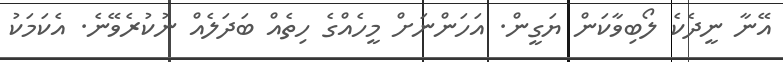
އޭނާ ނީދެކެ ލޯބިވާކަން ޔަގީން. އަހަންނަށް މީހެއްގެ ހިތެއް ބަދަލެއް ނުކުރެވޭނެ. އެކަމަކު